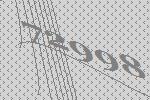
72998